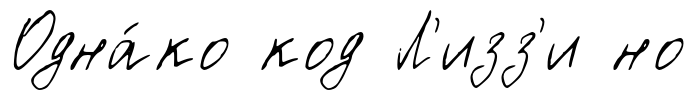
Одна́ко код Л'изз'и но